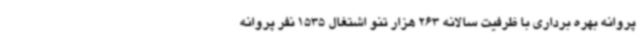
پروانه بهره برداری با ظرفیت سالانه 263 هزار تنو اشتغال 1535 نفر پروانه